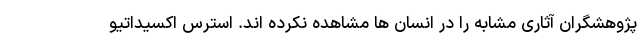
پژوهشگران آثاری مشابه را در انسان ها مشاهده نکرده اند. استرس اکسیداتیو